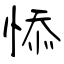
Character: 悿